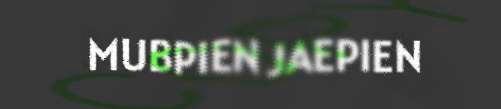
MUBPIEN JAEPIEN